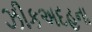
ઝીકઅદહના